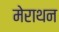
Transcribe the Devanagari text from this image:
मेराथन